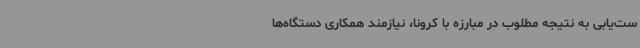
ست‌یابی به نتیجه مطلوب در مبارزه با کرونا، نیازمند همکاری دستگاه‌ها